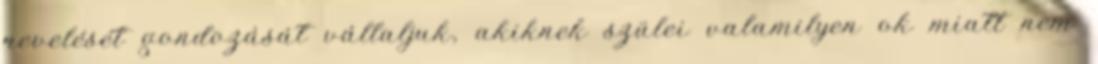
nevelését gondozását vállaljuk, akiknek szülei valamilyen ok miatt nem